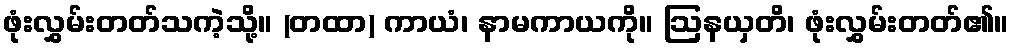
ဖုံးလွှမ်းတတ်သကဲ့သို့။ (တထာ) ကာယံ၊ နာမကာယကို။ ဩနယှတိ၊ ဖုံးလွှမ်းတတ်၏။